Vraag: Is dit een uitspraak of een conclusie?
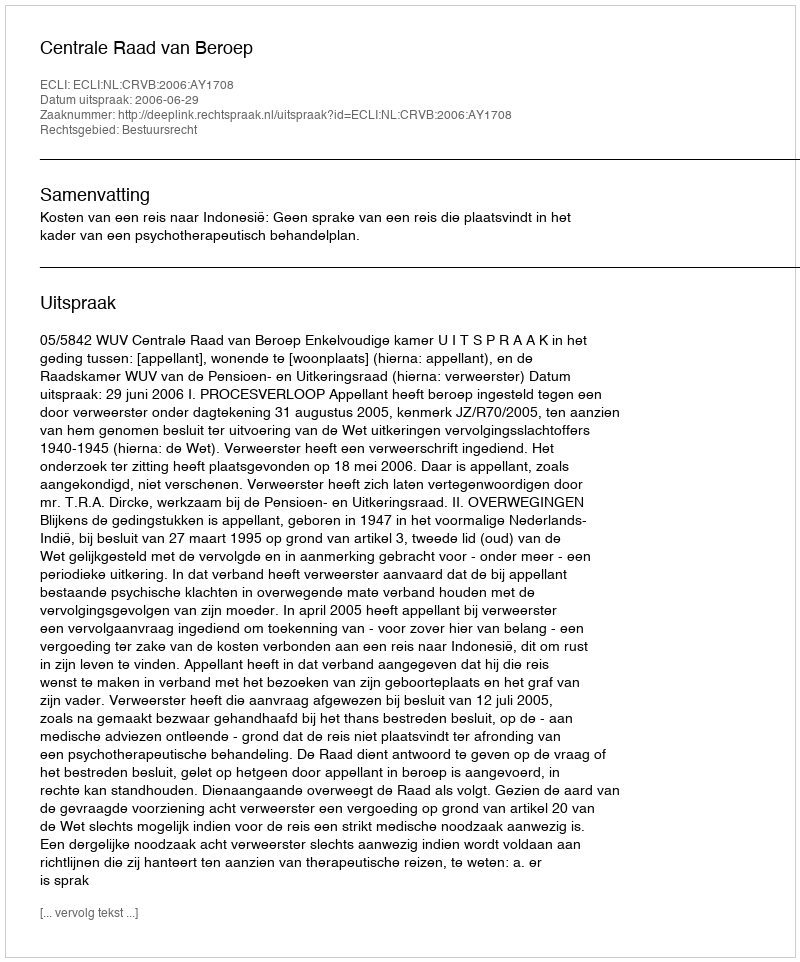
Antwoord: Uitspraak